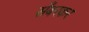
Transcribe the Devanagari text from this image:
सँबरकर